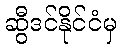
ဆွီဒင်နိုင်ငံမှ